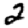
Digit: 2